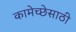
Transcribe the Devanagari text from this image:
कामेच्छेसाठी